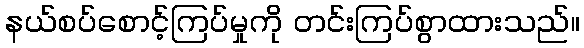
နယ်စပ်စောင့်ကြပ်မှုကို တင်းကြပ်စွာထားသည်။